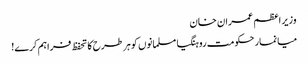
وزیر اعظم عمران خان
میانمار حکومت روہنگیا مسلمانوں کو ہر طرح کا تحفظ فراہم کرے!